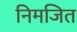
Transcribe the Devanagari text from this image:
निमजित